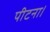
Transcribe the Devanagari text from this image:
पीटना।